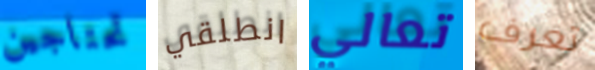
تحتاجين انطلقي تعالي تعرف